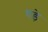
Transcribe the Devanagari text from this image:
घडे़